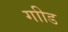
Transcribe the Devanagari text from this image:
गाीड